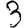
Digit: 3